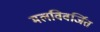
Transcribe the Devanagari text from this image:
मलविवर्जित